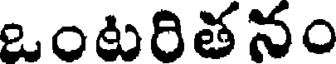
ఒంటరితనం